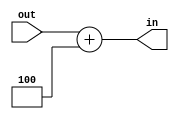
`timescale 1ns / 1ps
//////////////////////////////////////////////////////////////////////////////////
// Company: 
// Engineer: 
// 
// Design Name: 
// Module Name: add
// Project Name: 
// Target Devices: 
// Tool Versions: 
// Description: 
// 
// Dependencies: 
// 
// Revision:
// Revision 0.01 - File Created
// Additional Comments:
// 
//////////////////////////////////////////////////////////////////////////////////


module add(out,in);
input[31:0]out;
output[31:0]in;
assign in =out+32'd4;
endmodule